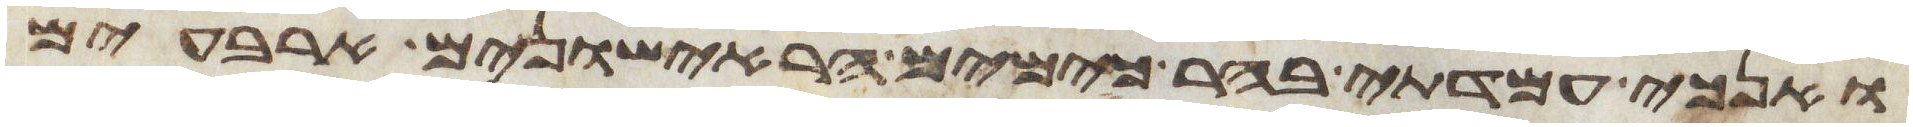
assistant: ואנכי עמדתי בהר כימים הראישונים ארבעים